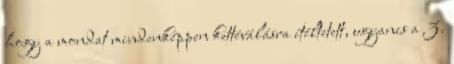
hogy a mondat mindenképpen kettéválásra ítéltetett, ugyanis a 3.